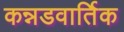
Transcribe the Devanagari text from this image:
कन्नडवार्तिक